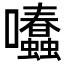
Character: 𡆂